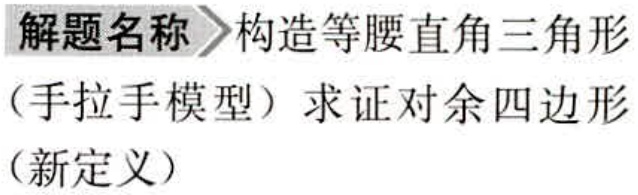
解题名称\(>\)构造等腰直角三角形

（手拉手模型）求证对余四边形

（新定义）